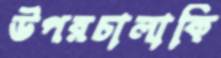
উপরচালাকি